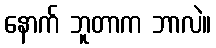
နောက် ဘူတာက ဘာလဲ။